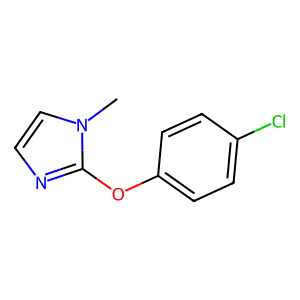
SMILES: Cn1ccnc1Oc1ccc(Cl)cc1
Inhibits HIV replication: No